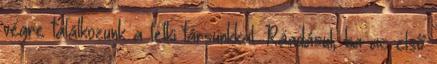
végre találkozunk a lelki társunkkal. Ráadásul, ha az első